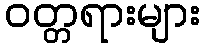
ဝတ္တရားများ